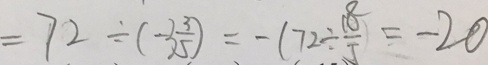
= 7 2 \div ( - 3 \frac { 3 } { 5 } ) = - ( 7 2 \div \frac { 1 8 } { 5 } ) = - 2 0